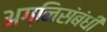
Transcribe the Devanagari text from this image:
अग्निसंबंधी